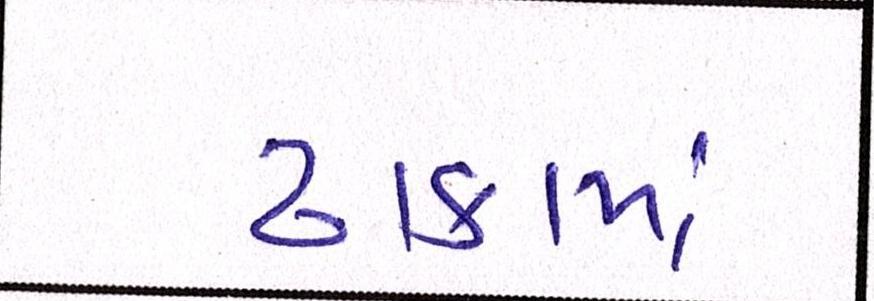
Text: ઢાકામાં